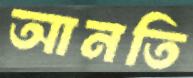
আনতি